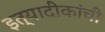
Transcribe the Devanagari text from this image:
इत्यादीकांची